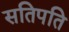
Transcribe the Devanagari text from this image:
सतिपति